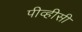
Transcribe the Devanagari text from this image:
पीव्हीसी